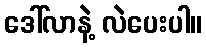
ဒေါ်လာနဲ့ လဲပေးပါ။